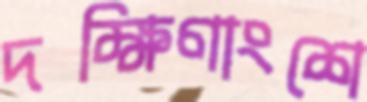
দক্ষিণাংশে